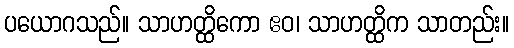
ပယောဂသည်။ သာဟတ္ထိကော ဧဝ၊ သာဟတ္ထိက သာတည်း။